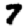
Digit: 7